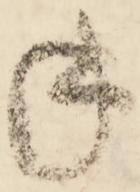
年